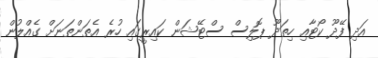
އަދި ފޭދޫ ކޯޓާއި ހިތަދޫ ޕޮލިސް ސްޓޭޝަން ކައިރީގައި ހުރެ އެތަންތަނަށް ގެއްލުން